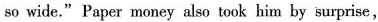
so wide." Paper money also took him by surprise,